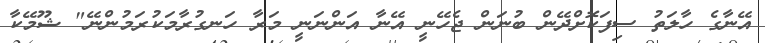
އޭނާގެ ހާލަތު ސިފަކޮށްދޭން ބުނަން ޖެހޭނީ އޭނާ އަންނަނީ މަރާ ހަނގުރާމަކުރަމުންނޭ" ޝޫމޭކާ